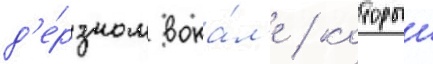
д'е́рзком вока́л'е / которыи